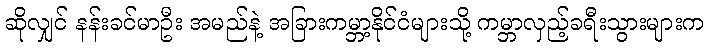
ဆိုလျှင် နန်းခင်မာဦး အမည်နဲ့ အခြားကမ္ဘာ့နိုင်ငံများသို့ ကမ္ဘာလှည့်ခရီးသွားများက